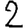
Digit: 2